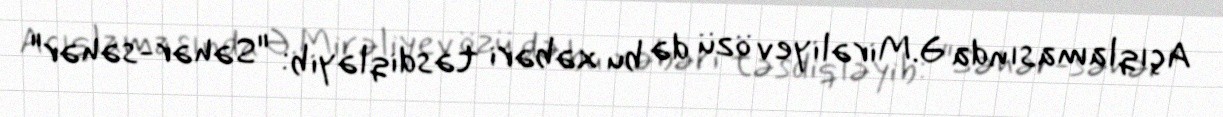
Açıqlamasında Ə.Mirəliyev özü də bu xəbəri təsdiqləyib: "Səhər-səhər"